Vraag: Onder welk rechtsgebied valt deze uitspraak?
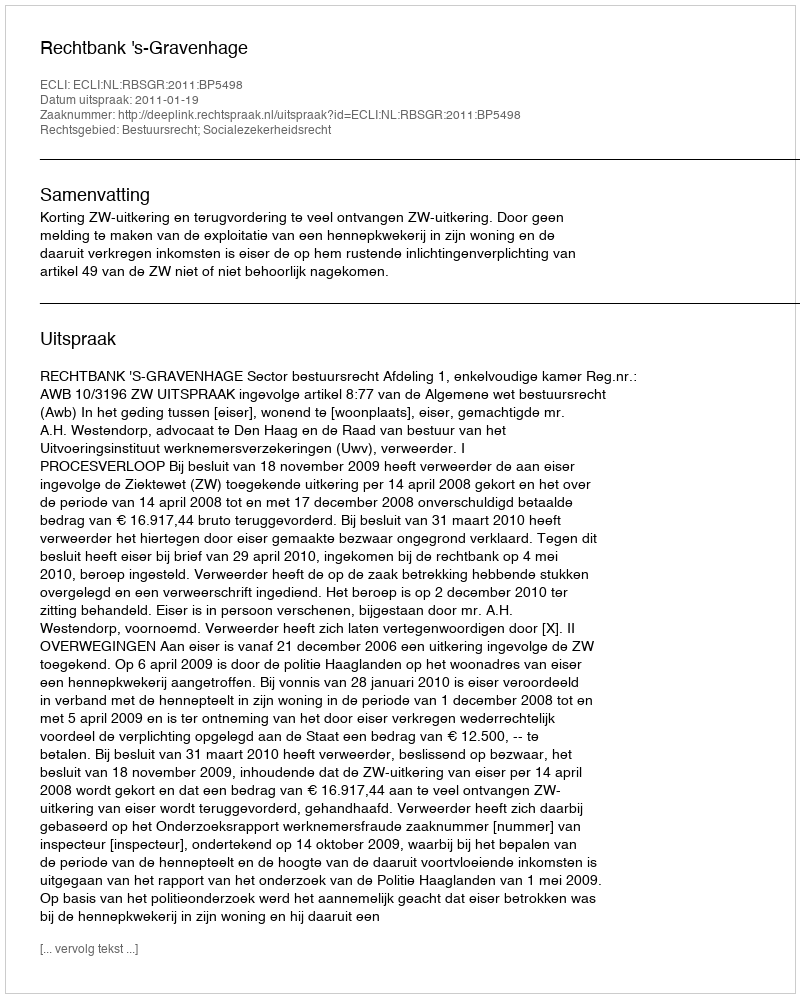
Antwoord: Bestuursrecht; Socialezekerheidsrecht